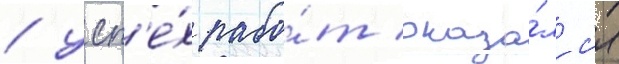
/ усп'е́х рабо́т оказа́лс'я